Civil Veterinary Department. Madras. Admin. report 1910-25 - 1910-1925
Year: 1910
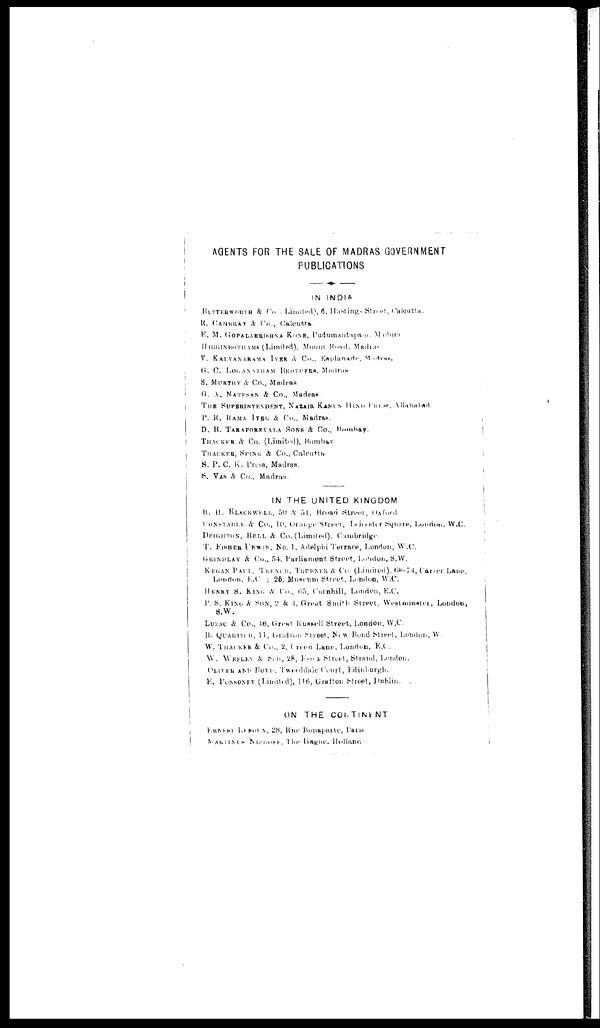
AGENTS FOR THE SALE OF MADRAS GOVERNMENT
PUBLICATIONS
IN INDIA
BUTTER WORTH & Co , Limited), 6, Hastings Street, Caloutts
K. CANBRAT & CO., Calcutta.
E. M. GOPALAKRISHNA KONE, Pudumantapam, Madura
HI GGI NBOTHAMS
(Limited), Mount Boad, Madras
V. KALYANARAMA IYER & Co., Eaplunade, Madras,
G. C. LOUANATHAM BROTHERS, Madras
8. MURTHY & Co., Madras
G. A. NATESAN & Co., Madras.
THE
SUPERINTENDENT, NAZAIR KANUS
HIND FRLES, Allahabad
P. R. KAMA IYER & Co., Madras.
D. B. TARAPOBEVALA SONS & Co., Bombay.
THACKER & Co. (Limited), Bombay
THACKER, SPINK & Co., Calcutta
S. P. C. K. Press, Madras.
S. VAS & Co., Madras.
IN THE UNITED KINGDOM
B. H. BLACKWELL, 50 & 51, Broad Street, Oxford
CONSTABLE & Co., 10, Orange Street, Leioster
Square, London, W.C.
DEIGHTON, BELL & Co. (Limited), Cambridge.
T. FISHER UNWIN, No. 1, Adelphi Terrace, London, W.C.
GRINDLAY & Co., 54, Parliament Street, London, S.W.
KEGAN PAUL, TRENCH, TRUBNER & Co. (Limited), 68-74, Carrer Lane,
London, E.C ; 25, Muscum Street, London, W.C.
HENRY S. KING & Co., 65, Cornhill, London, E.C.
P. S. KING & SON, 2 & 4, Great Smith Street, Westminster, London,
S.W.
LUZAC & Co., 46, Great Kussell Street, London. W.C.
B. QUARTICH, 11, Gratton Street, New Bond Street, London, W.
W. THACKER & Co., 2, Creed Lane, London. E.C.
W. WESLEY & Son, 28, Esson Street, Strand, London.
OLIVER AND BOND, Tweeddale Court, Ediuburgh.
E. PONSONRY (Limited), 116, Grafton Street, Dublin.
ON THE CONTlNENT
ERNEST DANOVX, 28, Rue Bonaparte, Parts
MARTINUS NIOOFF, The Fiague, Holland.